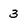
Character: 3